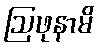
ဩဖုနာမိ